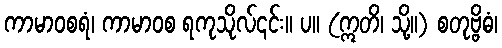
ကာမာဝစရံ၊ ကာမာဝစ ရကုသိုလ်၎င်း။ ပ။ (ဣတိ၊ သို့။) စတုဗ္ဗိဓံ၊